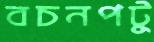
বচনপটু